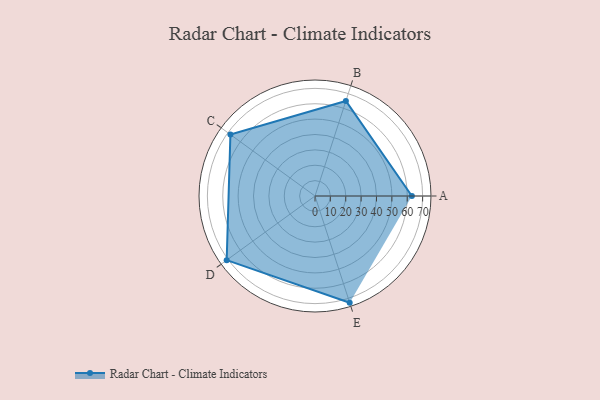
{"axis": {"x": "Skill", "y": "Score"}, "legend": ["Profile"], "data": [{"x": "A", "y": 63.0, "type": "Profile"}, {"x": "B", "y": 65.0, "type": "Profile"}, {"x": "C", "y": 68.0, "type": "Profile"}, {"x": "D", "y": 71.0, "type": "Profile"}, {"x": "E", "y": 73.0, "type": "Profile"}]}